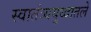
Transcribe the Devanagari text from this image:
स्वातंत्र्ययुध्दातले